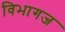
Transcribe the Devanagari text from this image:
विभागज